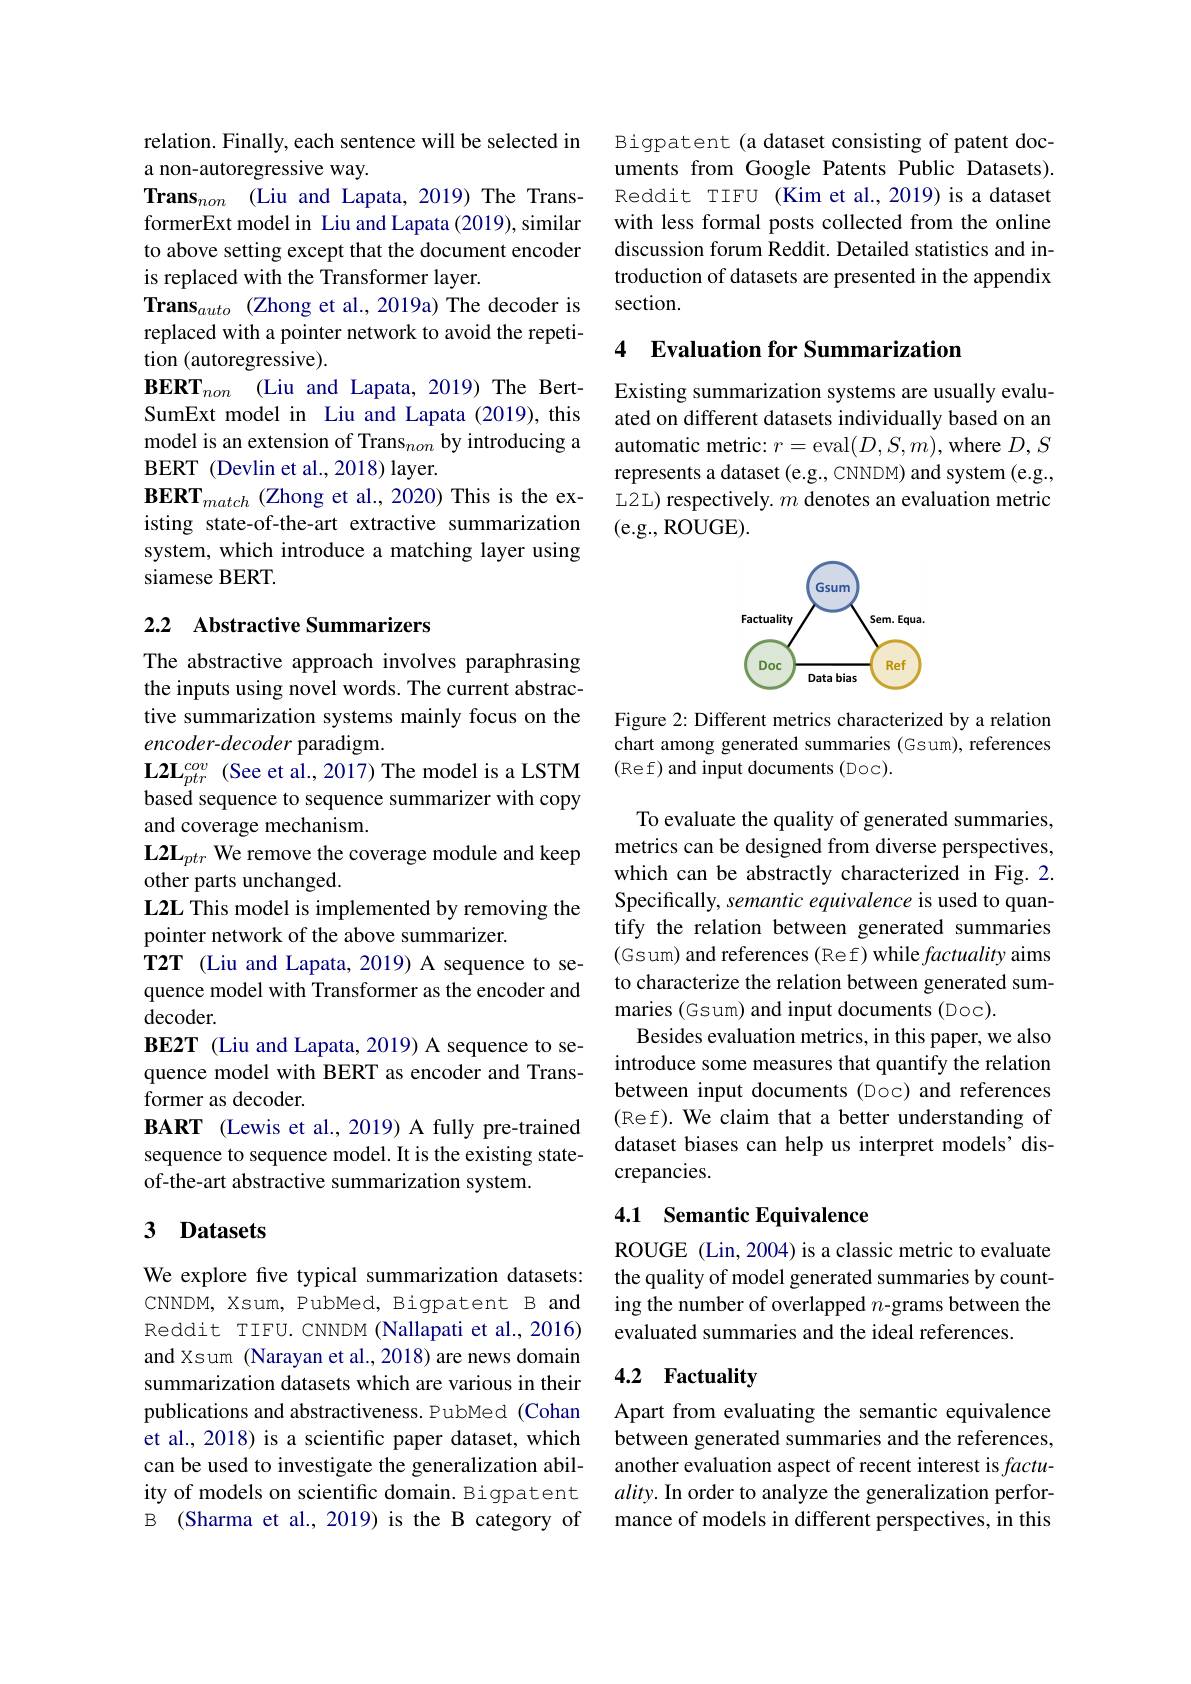
relation. Finally, each sentence will be selected in
a non-autoregressive way.
Trans$_{non}$ (Liu and Lapata, 2019) The TransformerExt model in Liu and Lapata (2019), similar to above setting except that the document encoder is replaced with the Transformer layer.
Trans$_{auto}$ (Zhong et al., 2019a) The decoder is replaced with a pointer network to avoid the repetition (autoregressive).
BERT$_{non}$ (Liu and Lapata, 2019) The BertSumExt model in Liu and Lapata (2019), this model is an extension of Trans$_non$ by introducing a BERT (Devlin et al., 2018) layer.
BERT$_{match}$ (Zhong et al., 2020) This is the existing state-of-the-art extractive summarization system, which introduce a matching layer using siamese BERT.

## 2.2 Abstractive Summarizers

The abstractive approach involves paraphrasing the inputs using novel words. The current abstractive summarization systems mainly focus on the encoder-decoder paradigm.
$\mathbf{L2L}_{ptr}^{cov}$ (See et al., 2017) The model is a LSTM based sequence to sequence summarizer with copy and coverage mechanism.
$\mathbf{L2L}_{ptr}$ We remove the coverage module and keep
other parts unchanged.
L2L This model is implemented by removing the
pointer network of the above summarizer.
T2T (Liu and Lapata, 2019) A sequence to sequence model with Transformer as the encoder and decoder.
BE2T (Liu and Lapata, 2019) A sequence to sequence model with BERT as encoder and Transformer as decoder.
BART (Lewis et al.,2019) A fully pre-trained sequence to sequence model. It is the existing stateof-the-art abstractive summarization system.

## 3 Datasets

We explore fve typical summarization datasets: CNNDM, Xsum, PubMed, Bigpatent B and Reddit TIFU. CNNDM (Nallapati et al., 2016) and Xsum (Narayan et al.,2018) are news domain summarization datasets which are various in their publications and abstractiveness. PubMed (Cohan et al., 2018) is a scientific paper dataset, which can be used to investigate the generalization ability of models on scientific domain. Bigpatent B (Sharma et al., 2019) is the B category of

Bigpatent (a dataset consisting of patent documents from Google Patents Public Datasets). Reddit TIFU (Kim et al., 2019) is a dataset with less formal posts collected from the online discussion forum Reddit. Detailed statistics and introduction of datasets are presented in the appendix section.

## 4 Evaluation for Summarization

Existing summarization systems are usually evaluated on different datasets individually based on an automatic metric: $r=$eval$(D,S,m)$,where $D,S$ represents a dataset (e.g., CNNDM) and system (e.g., L2L) respectively. $m$ denotes an evaluation metric (e.g., ROUGE).

<FigureHere>

Figure 2: Different metrics characterized by a relation chart among generated summaries (Gsum), references (Ref) and input documents (Doc).

To evaluate the quality of generated summaries, metrics can be designed from diverse perspectives, which can be abstractly characterized in Fig. 2. Specifically, semantic equivalence is used to quantify the relation between generated summaries (Gsum) and references (Ref) while factuality aims to characterize the relation between generated summaries (Gsum) and input documents (Doc).
Besides evaluation metrics, in this paper, we also introduce some measures that quantify the relation between input documents (Doc) and references (Ref). We claim that a better understanding of dataset biases can help us interpret models' discrepancies.

## 4.1 Semantic Equivalence

ROUGE (Lin, 2004) is a classic metric to evaluate the quality of model generated summaries by counting the number of overlapped $n$-grams between the evaluated summaries and the ideal references.

## 4.2 Factuality

Apart from evaluating the semantic equivalence between generated summaries and the references, another evaluation aspect of recent interest is $factu-$ ality. In order to analyze the generalization performance of models in different perspectives, in this